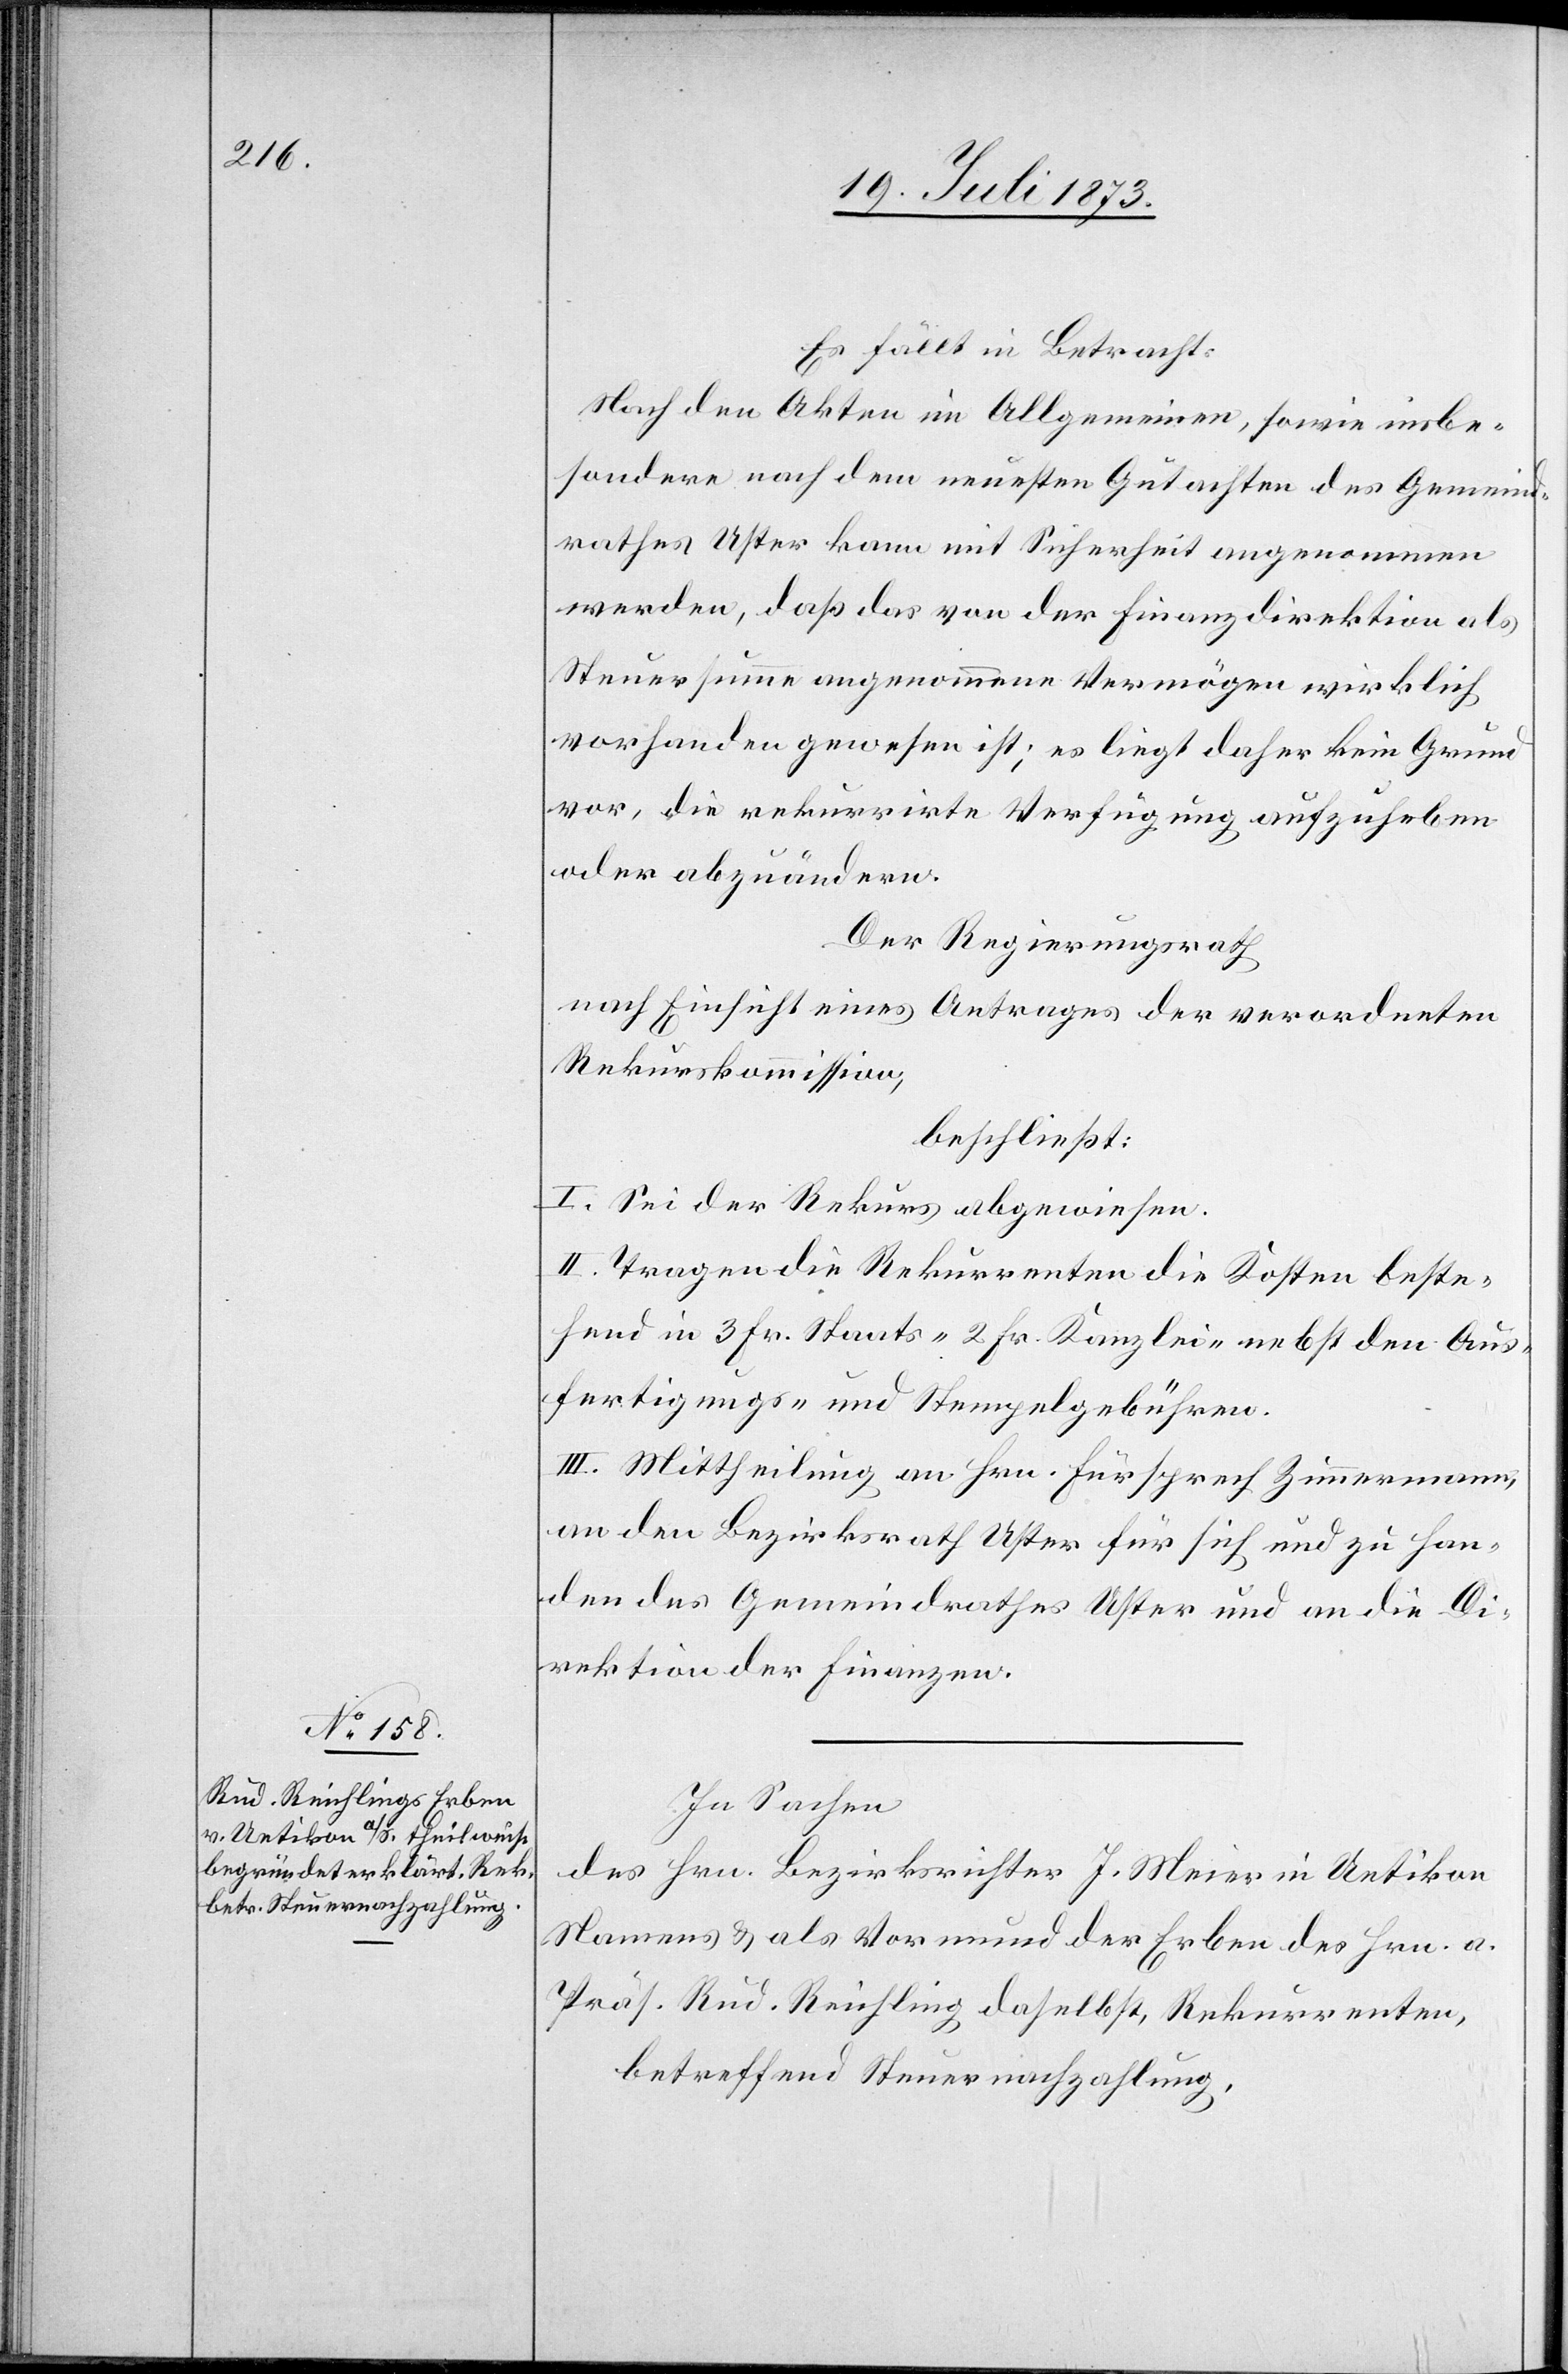
Es fällt in Betracht:
Nach den Akten im Allgemeinen, sowie insbe¬
sondere nach dem neuesten Gutachten des Gemeind¬
rathes Uster kann mit Sicherheit angenommen
werden, daß das von der Finanzdirektion als
Steuersumme angenommene Vermögen wirklich
vorhanden gewesen ist; es liegt daher kein Grund
vor, die rekurrirte Verfügung aufzuheben
oder abzuändern.
Der Regierungsrath
nach Einsicht eines Antrages der verordneten
Rekurskommission,
beschließt:
I. Sei der Rekurs abgewiesen.
II. Tragen die Rekurrenten die Kosten beste¬
hend in 3 Fr. Staats- 2 Fr. Kanzlei- nebst den Aus¬
fertigungs- und Stempelgebühren.
III. Mittheilung an Hrn. Fürsprech Zimmermann,
an den Bezirksrath Uster für sich und zu Han¬
den des Gemeindrathes Uster und an die Di¬
rektion der Finanzen.
In Sachen
des Hrn. Bezirksrichter J. Meier in Uetikon
Namens & als Vormund der Erben des Hrn. a.
Präs. Rud. Reichling daselbst, Rekurrenten,
betreffend Steuernachzahlung,